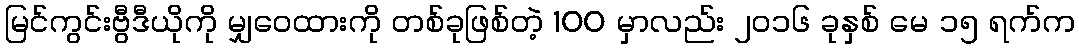
မြင်ကွင်းဗွီဒီယိုကို မျှဝေထားကို တစ်ခုဖြစ်တဲ့ 100 မှာလည်း ၂၀၁၆ ခုနှစ် မေ ၁၅ ရက်က